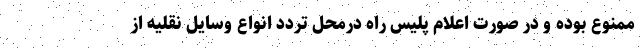
ممنوع بوده و در صورت اعلام پلیس راه درمحل تردد انواع وسایل نقلیه از